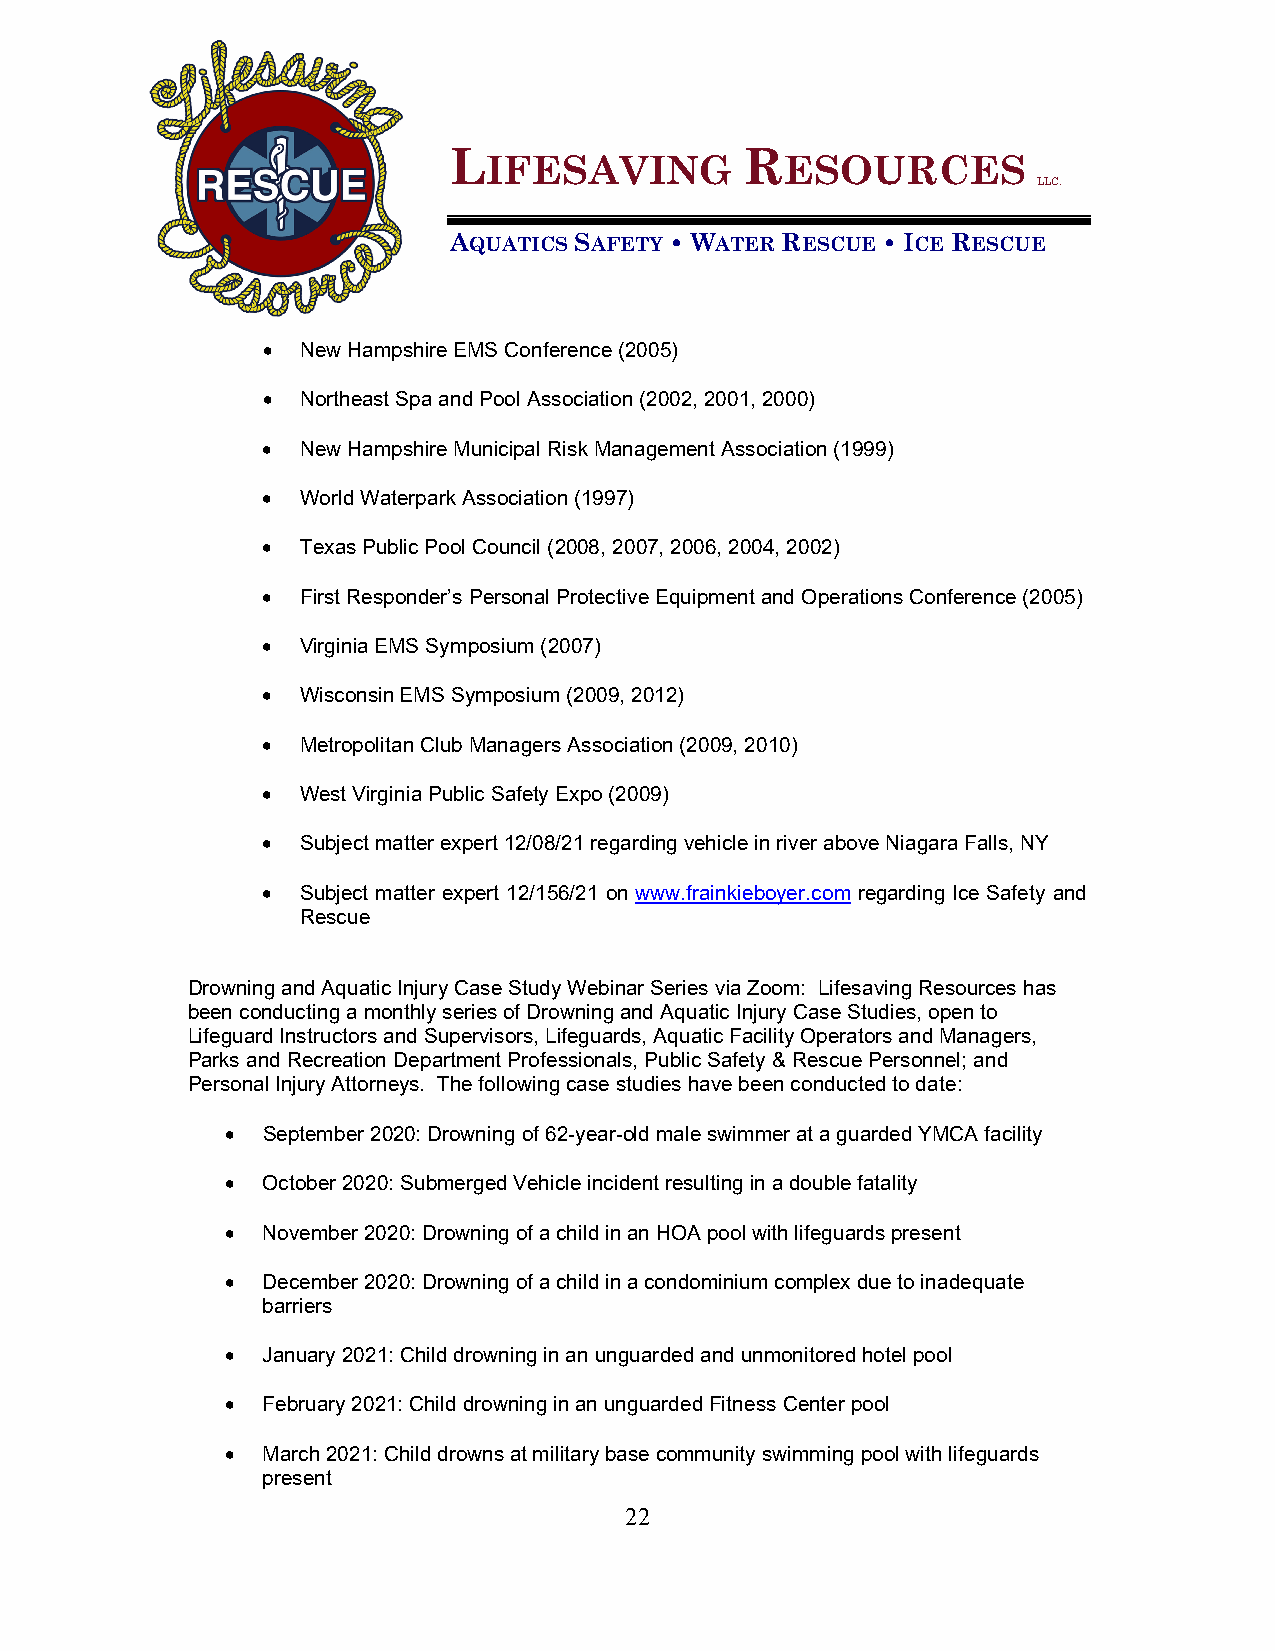
L                  R
 IFESAVING           ESOURCES
 LLC.
 AQUATICS SAFETY • WATER RESCUE • ICE RESCUE
 •  New Hampshire EMS Conference (2005)
 •  Northeast Spa and Pool Association (2002, 2001, 2000)
 •  New Hampshire Municipal Risk Management Association (1999)
 •  World Waterpark Association (1997)
 •  Texas Public Pool Council (2008, 2007, 2006, 2004, 2002)
 •  First Responder’s Personal Protective Equipment and Operations Conference (2005)
 •  Virginia EMS Symposium (2007)
 •  Wisconsin EMS Symposium (2009, 2012)
 •  Metropolitan Club Managers Association (2009, 2010)
 •  West Virginia Public Safety Expo (2009)
 •  Subject matter expert 12/08/21 regarding vehicle in river above Niagara Falls, NY
 •  Subject matter expert 12/156/21 on www.frainkieboyer.com regarding Ice Safety and
 Rescue
 Drowning and Aquatic Injury Case Study Webinar Series via Zoom: Lifesaving Resources has
 been conducting a monthly series of Drowning and Aquatic Injury Case Studies, open to
 Lifeguard Instructors and Supervisors, Lifeguards, Aquatic Facility Operators and Managers,
 Parks and Recreation Department Professionals, Public Safety & Rescue Personnel; and
 Personal Injury Attorneys. The following case studies have been conducted to date:
 • September 2020: Drowning of 62-year-old male swimmer at a guarded YMCA facility
 • October 2020: Submerged Vehicle incident resulting in a double fatality
 • November 2020: Drowning of a child in an HOA pool with lifeguards present
 • December 2020: Drowning of a child in a condominium complex due to inadequate
 barriers
 • January 2021: Child drowning in an unguarded and unmonitored hotel pool
 • February 2021: Child drowning in an unguarded Fitness Center pool
 • March 2021: Child drowns at military base community swimming pool with lifeguards
 present
 22